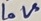
Text: LoV